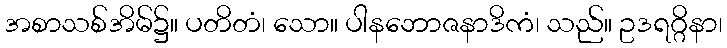
အစာသစ်အိမ်၌။ ပတိတံ၊ သော။ ပါနဘောဇနာဒိကံ၊ သည်။ ဥဒရဂ္ဂိနာ၊